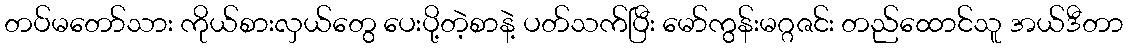
တပ်မတော်သား ကိုယ်စားလှယ်တွေ ပေးပို့တဲ့စာနဲ့ ပတ်သက်ပြီး မော်ကွန်းမဂ္ဂဇင်း တည်ထောင်သူ အယ်ဒီတာ